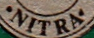
NITRA